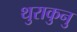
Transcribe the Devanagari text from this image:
थुराकुनु